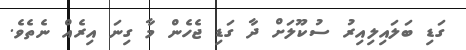
ގަޑި ބަލައިލިއިރު ސުކޫލަށް ދާ ގަޑި ޖެހެން މާ ގިނަ އިރެއް ނެތެވެ.